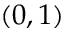
( 0 , 1 )